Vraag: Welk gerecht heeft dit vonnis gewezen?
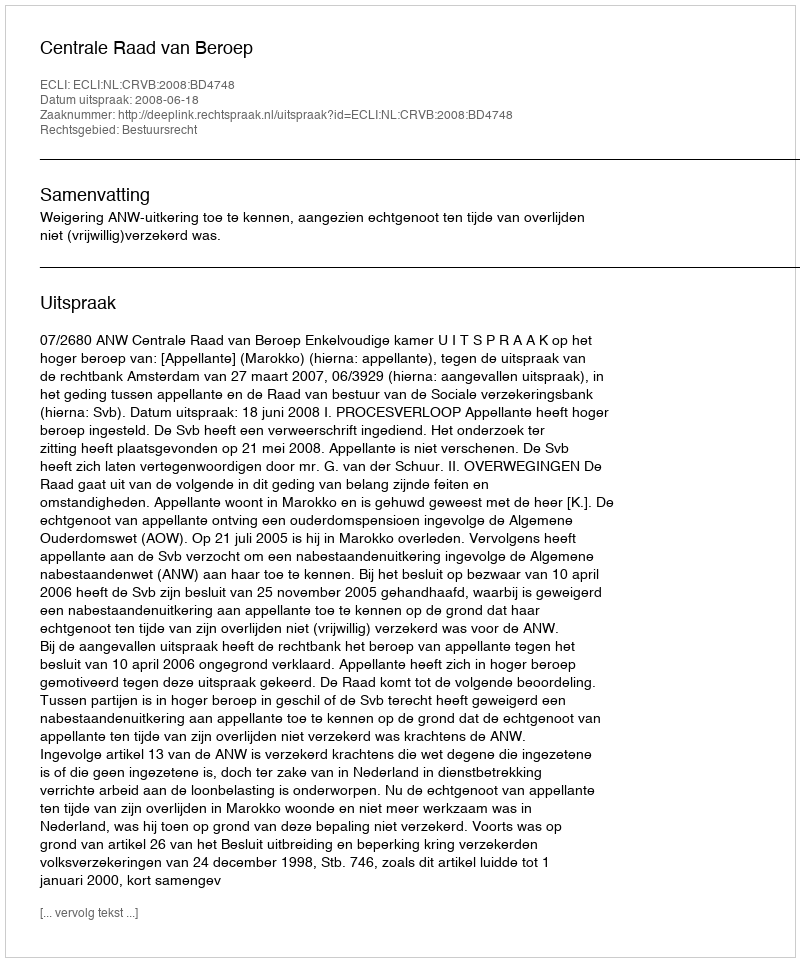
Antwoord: Centrale Raad van Beroep